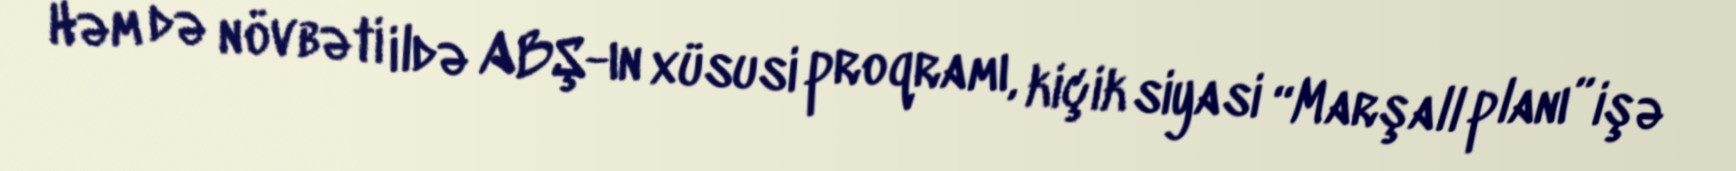
Həm də növbəti ildə ABŞ-ın xüsusi proqramı, kiçik siyasi “Marşall planı” işə